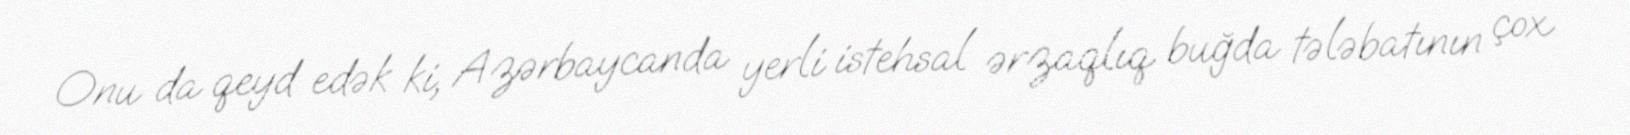
Onu da qeyd edək ki, Azərbaycanda yerli istehsal ərzaqlıq buğda tələbatının çox